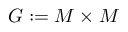
G : = M \times M